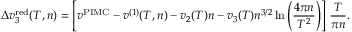
\Delta v _ { 3 } ^ { \mathrm { r e d } } ( T , n ) = \left[ v ^ { \mathrm { P I M C } } - v ^ { ( 1 ) } ( T , n ) - v _ { 2 } ( T ) n - v _ { 3 } ( T ) n ^ { 3 / 2 } \ln \left( \frac { 4 \pi n } { T ^ { 2 } } \right) \right] \, \frac { T } { \pi n } .